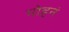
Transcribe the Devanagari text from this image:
मोहनं